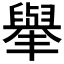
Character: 𦦙